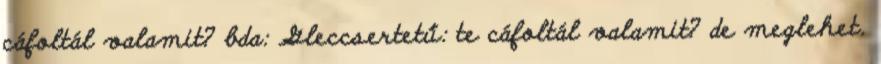
cáfoltál valamit? bda: Gleccsertetű: te cáfoltál valamit? de meglehet.